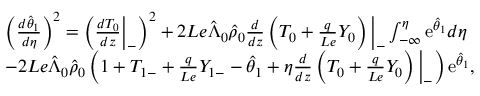
\begin{array} { r l } & { \left( \frac { d \hat { \theta } _ { 1 } } { d \eta } \right) ^ { 2 } = \left( \frac { d { T } _ { 0 } } { d z } \Big | _ { - } \right) ^ { 2 } + 2 L e \hat { \Lambda } _ { 0 } \hat { \rho } _ { 0 } \frac { d } { d z } \left( { T } _ { 0 } + \frac { q } { L e } { Y } _ { 0 } \right) \Big | _ { - } \int _ { - \infty } ^ { \eta } \mathrm { e } ^ { \hat { \theta } _ { 1 } } d \eta } \\ & { - 2 L e \hat { \Lambda } _ { 0 } \hat { \rho } _ { 0 } \left( 1 + { T } _ { 1 - } + \frac { q } { L e } { Y } _ { 1 - } - \hat { \theta } _ { 1 } + \eta \frac { d } { d z } \left( { T } _ { 0 } + \frac { q } { L e } { Y } _ { 0 } \right) \Big | _ { - } \right) \mathrm { e } ^ { \hat { \theta } _ { 1 } } , } \end{array}